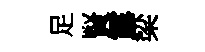
足賢露梁